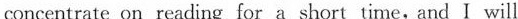
concentrate on reading for a short time, and I will